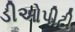
ડીઓપીટી